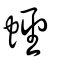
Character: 蟶